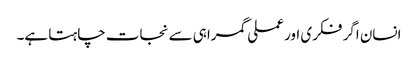
انسان اگر فکری اور عملی گمراہی سے نجات چاہتا ہے۔